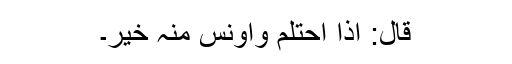
قَالَ: اِذَا احْتَلَمَ وَأُوْنِسَ مِنْہُ خَیْرٌ۔